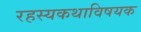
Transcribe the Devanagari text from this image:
रहस्यकथाविषयक